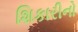
શિકારીનો